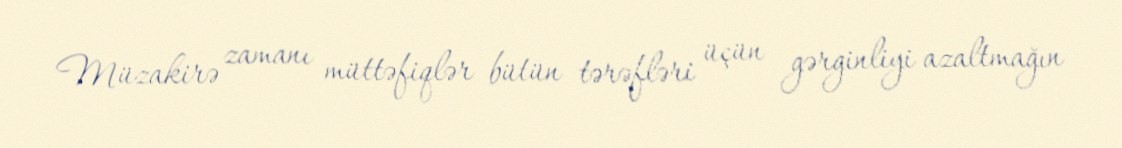
Müzakirə zamanı müttəfiqlər bütün tərəfləri üçün gərginliyi azaltmağın